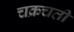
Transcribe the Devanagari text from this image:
चक्रचती